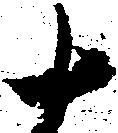
十